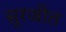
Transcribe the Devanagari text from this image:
सूरजीत